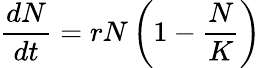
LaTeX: {\frac{dN}{dt}}=rN\left(1-{\frac{N}{K}}\right)